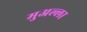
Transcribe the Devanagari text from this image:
मुअल्ला